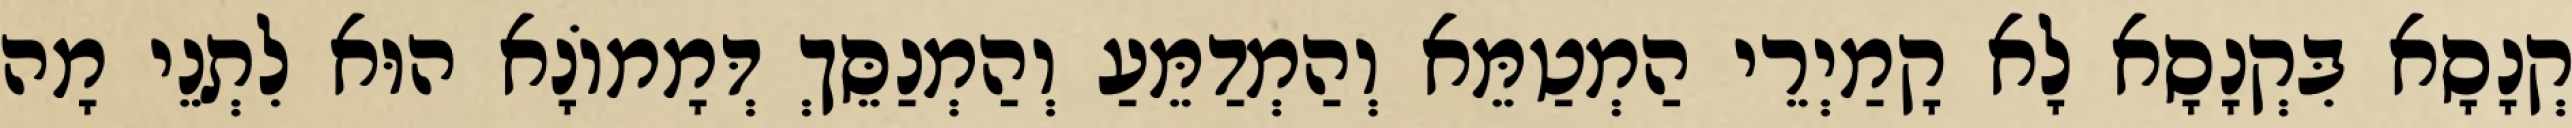
קְנָסָא בִּקְנָסָא לָא קָמַיְרֵי הַמְטַמֵּא וְהַמְדַמֵּעַ וְהַמְנַסֵּךְ דְּמָמוֹנָא הוּא לִתְנֵי מָה